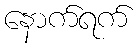
နောက်ရက်